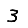
Digit: 3